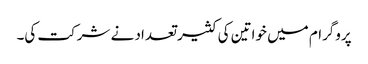
پروگرام میں خواتین کی کثیر تعداد نے شرکت کی۔